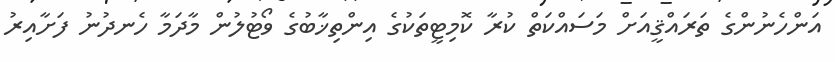
އަންހެނުންގެ ތަރައްޤީއަށް މަސައްކަތް ކުރާ ކޮމިޓީތަކުގެ އިންތިޚާބުގެ ވޯޓުލުން މާދަމާ ހެނދުނު ފަށާއިރު